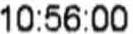
10:56:00